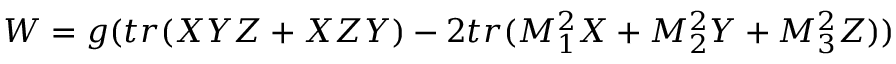
W = g ( t r ( X Y Z + X Z Y ) - 2 t r ( M _ { 1 } ^ { 2 } X + M _ { 2 } ^ { 2 } Y + M _ { 3 } ^ { 2 } Z ) )